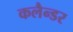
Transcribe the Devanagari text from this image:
कलैन्डर